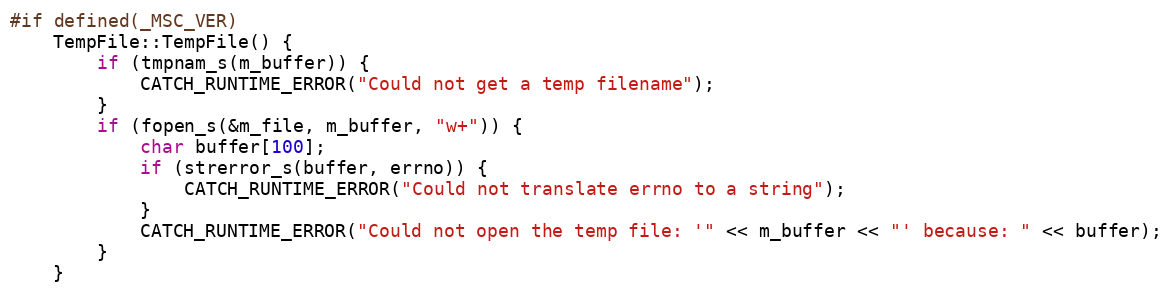
Language: C++
#if defined(_MSC_VER)
    TempFile::TempFile() {
        if (tmpnam_s(m_buffer)) {
            CATCH_RUNTIME_ERROR("Could not get a temp filename");
        }
        if (fopen_s(&m_file, m_buffer, "w+")) {
            char buffer[100];
            if (strerror_s(buffer, errno)) {
                CATCH_RUNTIME_ERROR("Could not translate errno to a string");
            }
            CATCH_RUNTIME_ERROR("Could not open the temp file: '" << m_buffer << "' because: " << buffer);
        }
    }